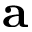
\mathbf { a }